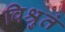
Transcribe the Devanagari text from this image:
विश्रुतं